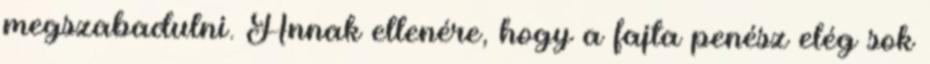
megszabadulni. Annak ellenére, hogy a fajta penész elég sok